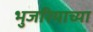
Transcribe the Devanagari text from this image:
भुजरियाच्या